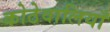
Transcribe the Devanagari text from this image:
कोठेवालियाँ